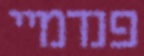
פנדמיי